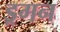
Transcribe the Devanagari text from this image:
ड्रगन